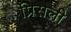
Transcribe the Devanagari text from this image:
प्रिसली